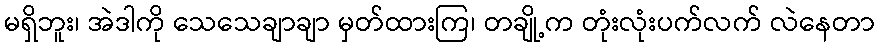
မရှိဘူး၊ အဲဒါကို သေသေချာချာ မှတ်ထားကြ၊ တချို့က တုံးလုံးပက်လက် လဲနေတာ